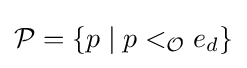
{\mathcal {P}}=\lbrace p\mid p<_{\mathcal {O}}e_{d}\rbrace